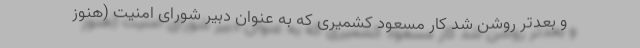
و بعدتر روشن شد کار مسعود کشمیری که به عنوان دبیر شورای امنیت (هنوز